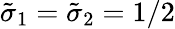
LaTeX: \tilde{\sigma}_{1}=\tilde{\sigma}_{2}=1/2